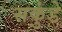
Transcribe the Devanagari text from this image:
सकुंडे